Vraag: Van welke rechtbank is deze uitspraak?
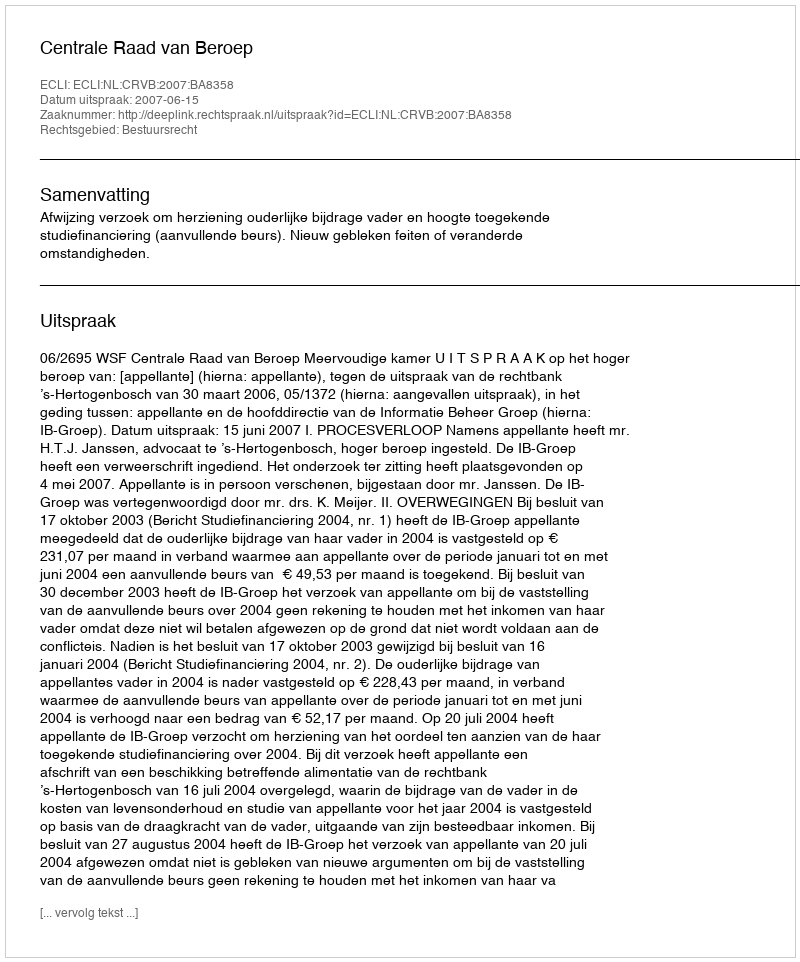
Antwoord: Centrale Raad van Beroep